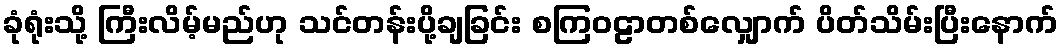
ခုံရုံးသို့ ကြီးလိမ့်မည်ဟု သင်တန်းပို့ချခြင်း စကြဝဠာတစ်လျှောက် ပိတ်သိမ်းပြီးနောက်